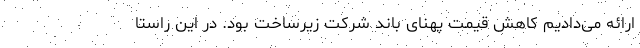
ارائه می‌دادیم کاهش قیمت پهنای باند شرکت زیرساخت بود. در این راستا